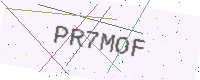
Text: PR7MOF